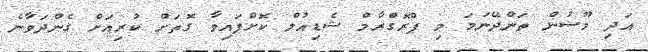
އަދި މޫސުން ތަންދޭނަމަ މި ޕްރޮގްރާމް ޝެޑިއުލް ކޮށްފައިވާ ގޮތަށް ކުރިއަަށް ގެންދަވާނެ